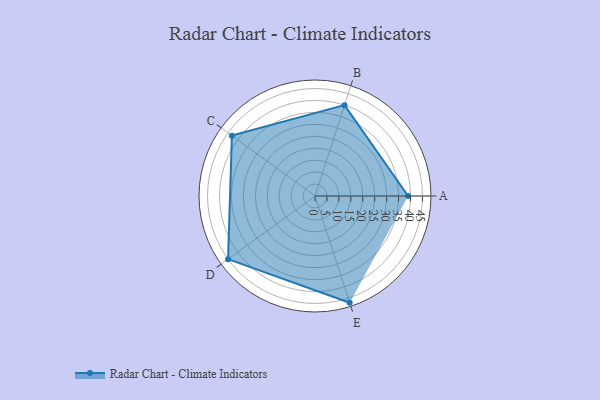
{"axis": {"x": "Skill", "y": "Score"}, "legend": ["Profile"], "data": [{"x": "A", "y": 39.0, "type": "Profile"}, {"x": "B", "y": 40.0, "type": "Profile"}, {"x": "C", "y": 43.0, "type": "Profile"}, {"x": "D", "y": 45.0, "type": "Profile"}, {"x": "E", "y": 47.0, "type": "Profile"}]}